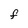
Character: f